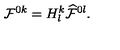
{ \cal F } ^ { 0 k } = H _ { l } ^ { k } { \cal \widehat { F } } ^ { 0 l } .